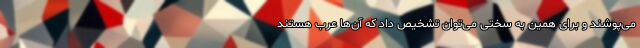
می‌پوشند و برای همین به سختی می‌توان تشخیص داد که آن‌ها عرب هستند